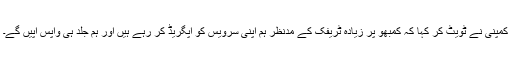
کمپنی نے ٹویٹ کر کہا کہ کمبھو پر زیادہ ٹریفک کے مدنظر ہم اپنی سرویس کو اپگریڈ کر رہے ہیں اور ہم جلد ہی واپس آپیں گے۔